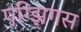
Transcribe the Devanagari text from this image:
एग्झिगस